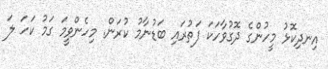
އިނދިކޮޅު މީހުންގެ ދޮގުވާހަކަ ފަތުރައި ބަޑުނާމު ކުރަން. މިހެންވީމަ ގަމު ކަހަ ލަ